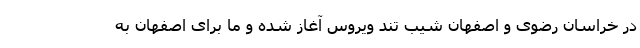
در خراسان رضوی و اصفهان شیب تند ویروس آغاز شده و ما برای اصفهان به